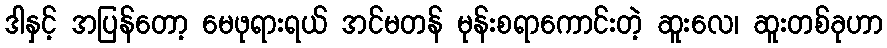
ဒါနှင့် အပြန်တော့ မေဖုရားရယ် အင်မတန် မုန်းစရာကောင်းတဲ့ ဆူးလေ၊ ဆူးတစ်ခုဟာ